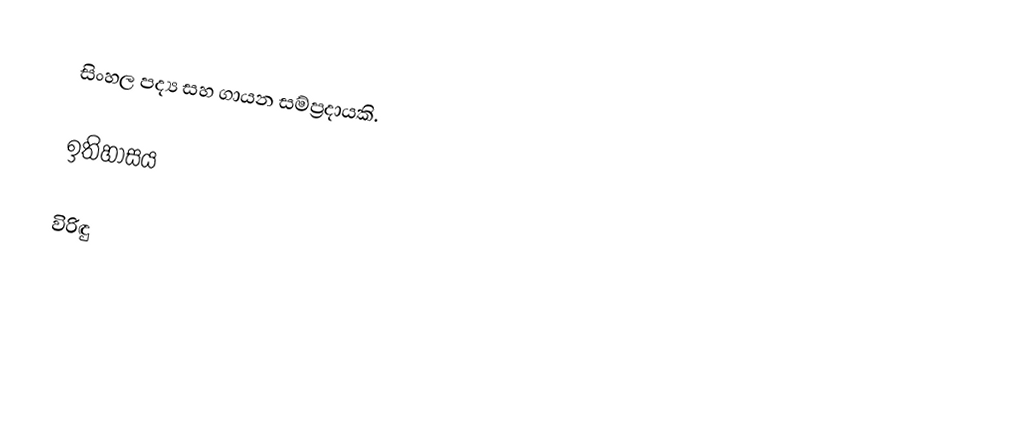
සිංහල පද්‍ය සහ ගායන සම්ප්‍රදායකි.

ඉතිහාසය

විරිඳු